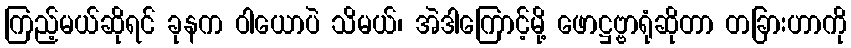
ကြည့်မယ်ဆိုရင် ခုနက ဝါယောပဲ သိမယ်၊ အဲဒါကြောင့်မို့ ဖောဋ္ဌဗ္ဗာရုံဆိုတာ တခြားဟာကို